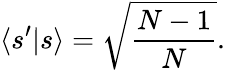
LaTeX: \langle s^{\prime}|s\rangle={\sqrt{\frac{N-1}{N}}}.